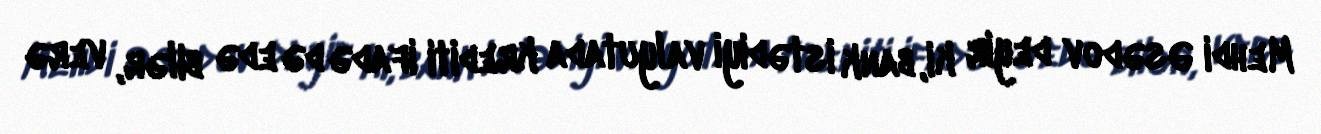
Mehdi Əsədov deyir ki, bank istədiyi valyutada krediti ifadə də edə bilər, verə